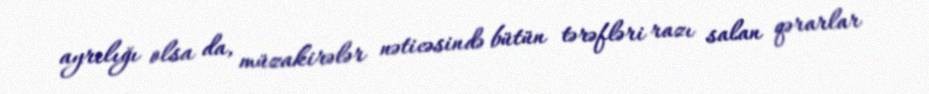
ayrılığı olsa da, müzakirələr nəticəsində bütün tərəfləri razı salan qərarlar